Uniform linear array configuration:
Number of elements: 64
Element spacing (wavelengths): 0.25
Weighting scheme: hann
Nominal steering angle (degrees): -15
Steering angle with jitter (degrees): -15.08
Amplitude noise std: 0.05
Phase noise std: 0.05

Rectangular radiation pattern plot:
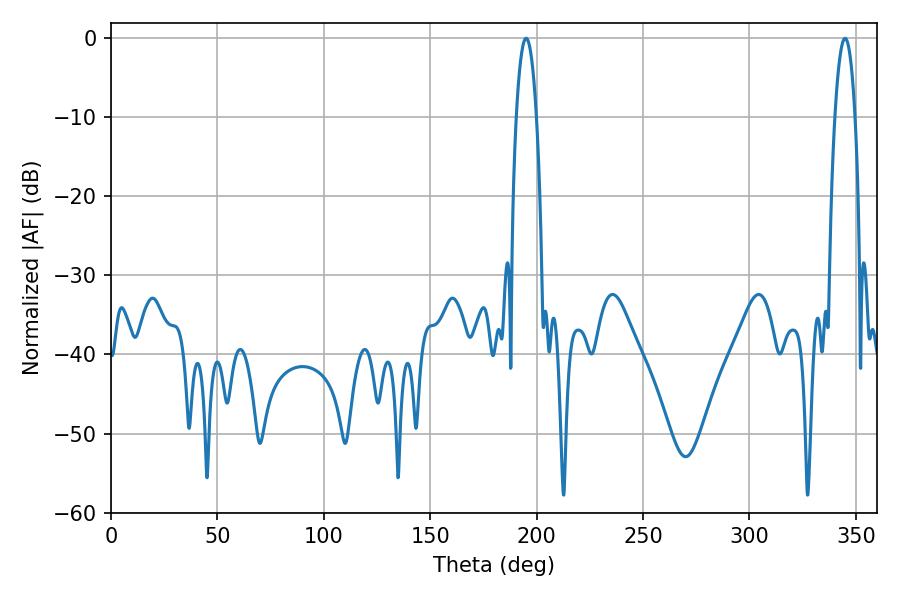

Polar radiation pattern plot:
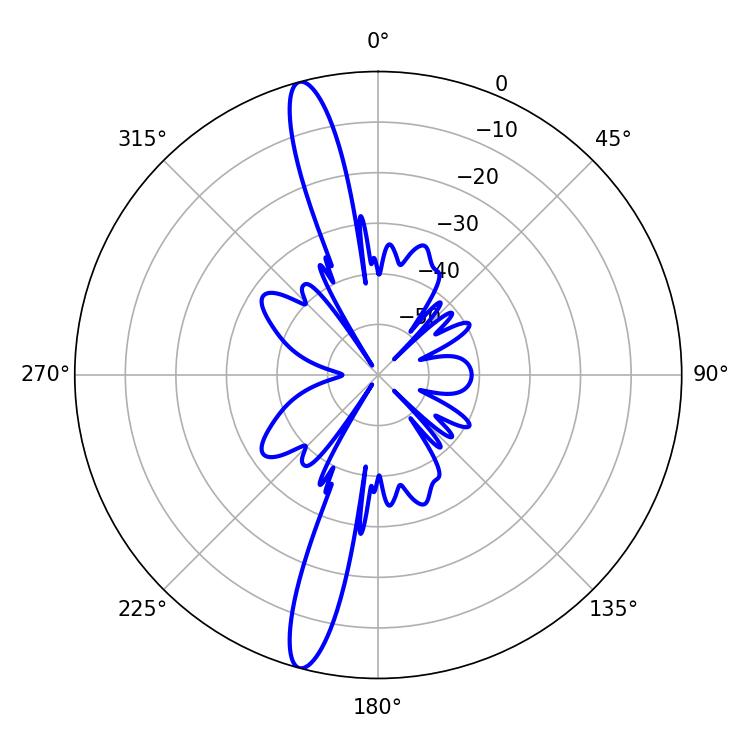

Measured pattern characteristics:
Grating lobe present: FALSE
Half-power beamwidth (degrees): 5.22
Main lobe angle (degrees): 195.12